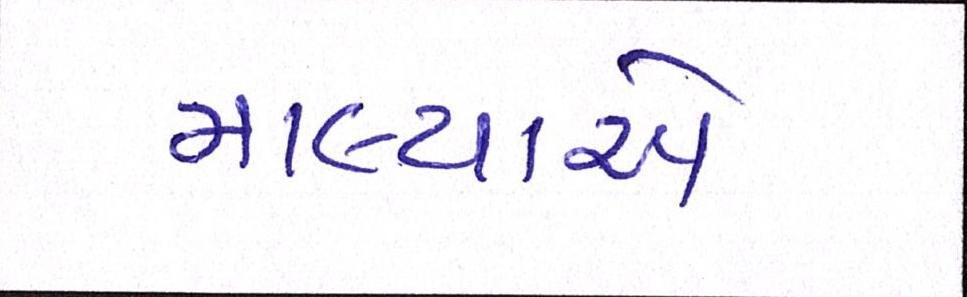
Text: માલ્યાએ